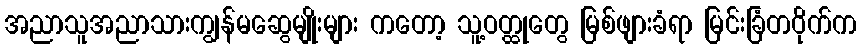
အညာသူအညာသားကျွန်မဆွေမျိုးများ ကတော့ သူ့ဝတ္ထုတွေ မြစ်ဖျားခံရာ မြင်းခြံတဝိုက်က